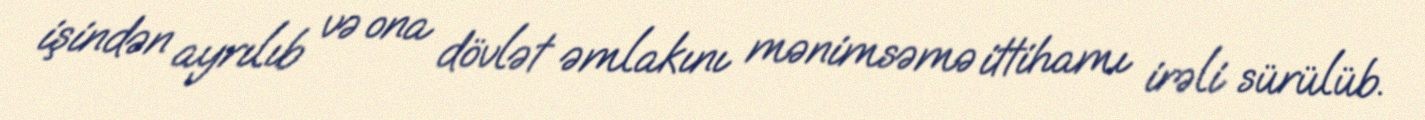
işindən ayrılıb və ona dövlət əmlakını mənimsəmə ittihamı irəli sürülüb.